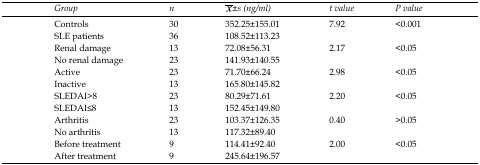
<table><thead><tr><td><b>Group</b></td><td><b>n</b></td><td><b>x̄±s (ng/ml)</b></td><td><b>t value</b></td><td><b>P value</b></td></tr></thead><tbody><tr><td>Controls</td><td>30</td><td>352.25±155.01</td><td>7.92</td><td>&lt;0.001</td></tr><tr><td>SLE patients</td><td>36</td><td>108.52±113.23</td><td></td><td></td></tr><tr><td>Renal damage</td><td>13</td><td>72.08±56.31</td><td>2.17</td><td>&lt;0.05</td></tr><tr><td>No renal damage</td><td>23</td><td>141.93±140.55</td><td></td><td></td></tr><tr><td>Active</td><td>23</td><td>71.70±66.24</td><td>2.98</td><td>&lt;0.05</td></tr><tr><td>Inactive</td><td>13</td><td>165.80±145.82</td><td></td><td></td></tr><tr><td>SLEDAI&gt;8</td><td>23</td><td>80.29±71.61</td><td>2.20</td><td>&lt;0.05</td></tr><tr><td>SLEDAI≤8</td><td>13</td><td>152.45±149.80</td><td></td><td></td></tr><tr><td>Arthritis</td><td>23</td><td>103.37±126.35</td><td>0.40</td><td>&gt;0.05</td></tr><tr><td>No arthritis</td><td>13</td><td>117.32±89.40</td><td></td><td></td></tr><tr><td>Before treatment</td><td>9</td><td>114.41±92.40</td><td>2.00</td><td>&lt;0.05</td></tr><tr><td>After treatment</td><td>9</td><td>245.64±196.57</td><td></td><td></td></tr></tbody></table>